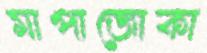
মাপাজোকা